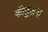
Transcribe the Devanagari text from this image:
कीतुलना